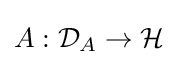
A:{\mathcal {D}}_{A}\to {\mathcal {H}}